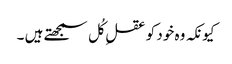
کیونکہ وہ خود کو عقلِ کُل سمجھتے ہیں ۔